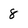
Character: 8